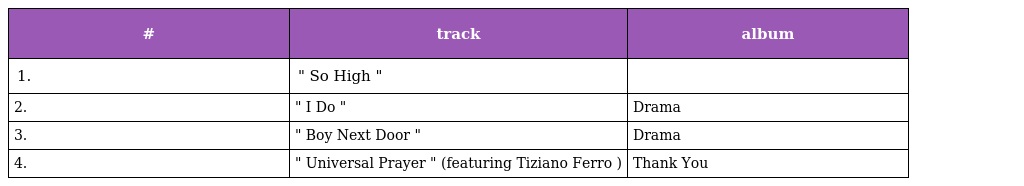
| # | track | album |
 | --- | --- | --- |
 | 1. | " So High " |  |
 | 2. | " I Do " | Drama |
 | 3. | " Boy Next Door " | Drama |
 | 4. | " Universal Prayer " (featuring Tiziano Ferro ) | Thank You |